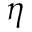
\eta